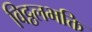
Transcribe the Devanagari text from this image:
विट्ठलभक्ति